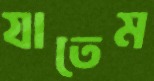
যাতেম